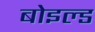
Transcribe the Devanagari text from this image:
बोइल्ड